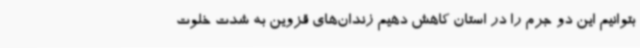
بتوانیم این دو جرم را در استان کاهش دهیم زندان‌های قزوین به شدت خلوت